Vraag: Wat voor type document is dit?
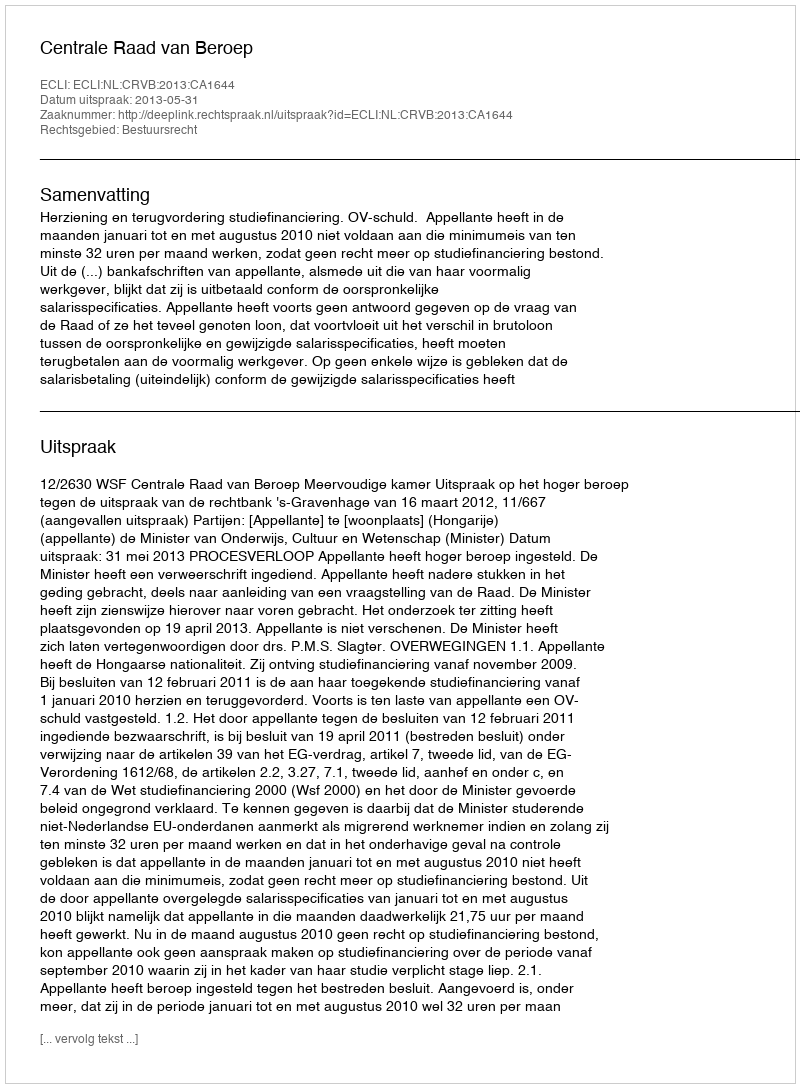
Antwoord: Uitspraak